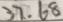
3 7 . 6 8